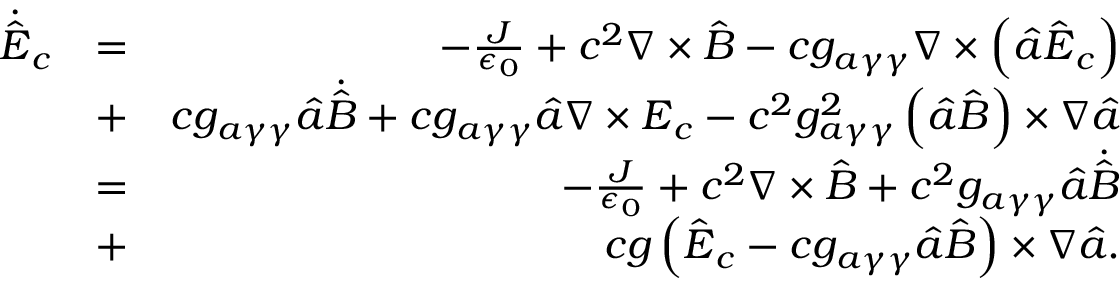
\begin{array} { r l r } { \dot { \hat { \boldsymbol E } } _ { c } } & { = } & { - \frac { \boldsymbol J } { \epsilon _ { 0 } } + c ^ { 2 } \boldsymbol \nabla \times \hat { \boldsymbol B } - c g _ { a \gamma \gamma } \boldsymbol \nabla \times \left( \hat { a } \hat { \boldsymbol E } _ { c } \right) } \\ & { + } & { c g _ { a \gamma \gamma } \hat { a } \dot { \hat { \boldsymbol B } } + c g _ { a \gamma \gamma } \hat { a } \boldsymbol \nabla \times { \boldsymbol E } _ { c } - c ^ { 2 } g _ { a \gamma \gamma } ^ { 2 } \left( \hat { a } \hat { \boldsymbol B } \right) \times \boldsymbol \nabla \hat { a } } \\ & { = } & { - \frac { \boldsymbol J } { \epsilon _ { 0 } } + c ^ { 2 } \boldsymbol \nabla \times \hat { \boldsymbol B } + c ^ { 2 } g _ { a \gamma \gamma } \hat { a } \dot { \hat { \boldsymbol B } } } \\ & { + } & { c g \left( \hat { \boldsymbol E } _ { c } - c g _ { a \gamma \gamma } \hat { a } \hat { \boldsymbol B } \right) \times \boldsymbol \nabla \hat { a } . } \end{array}